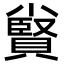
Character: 𡮷